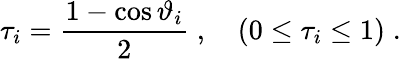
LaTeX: \tau_{i}=\frac{1-\cos\vartheta_{i}}{2}\; ,\quad(0\leq\tau_{i}\leq 1)\; .